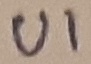
Text: U1